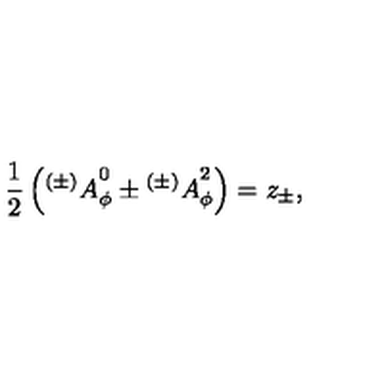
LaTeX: { \frac { 1 } { 2 } } \left( { ^ { ( \pm ) } A } _ { \phi } ^ { 0 } \pm { ^ { ( \pm ) } A } _ { \phi } ^ { 2 } \right) = z _ { \pm } ,